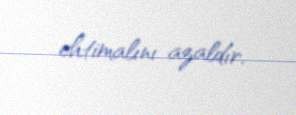
ehtimalını azaldır.